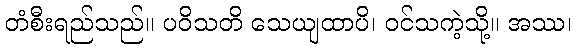
တံစီးရည်သည်။ ပဝိသတိ သေယျထာပိ၊ ဝင်သကဲ့သို့။ အဿ၊